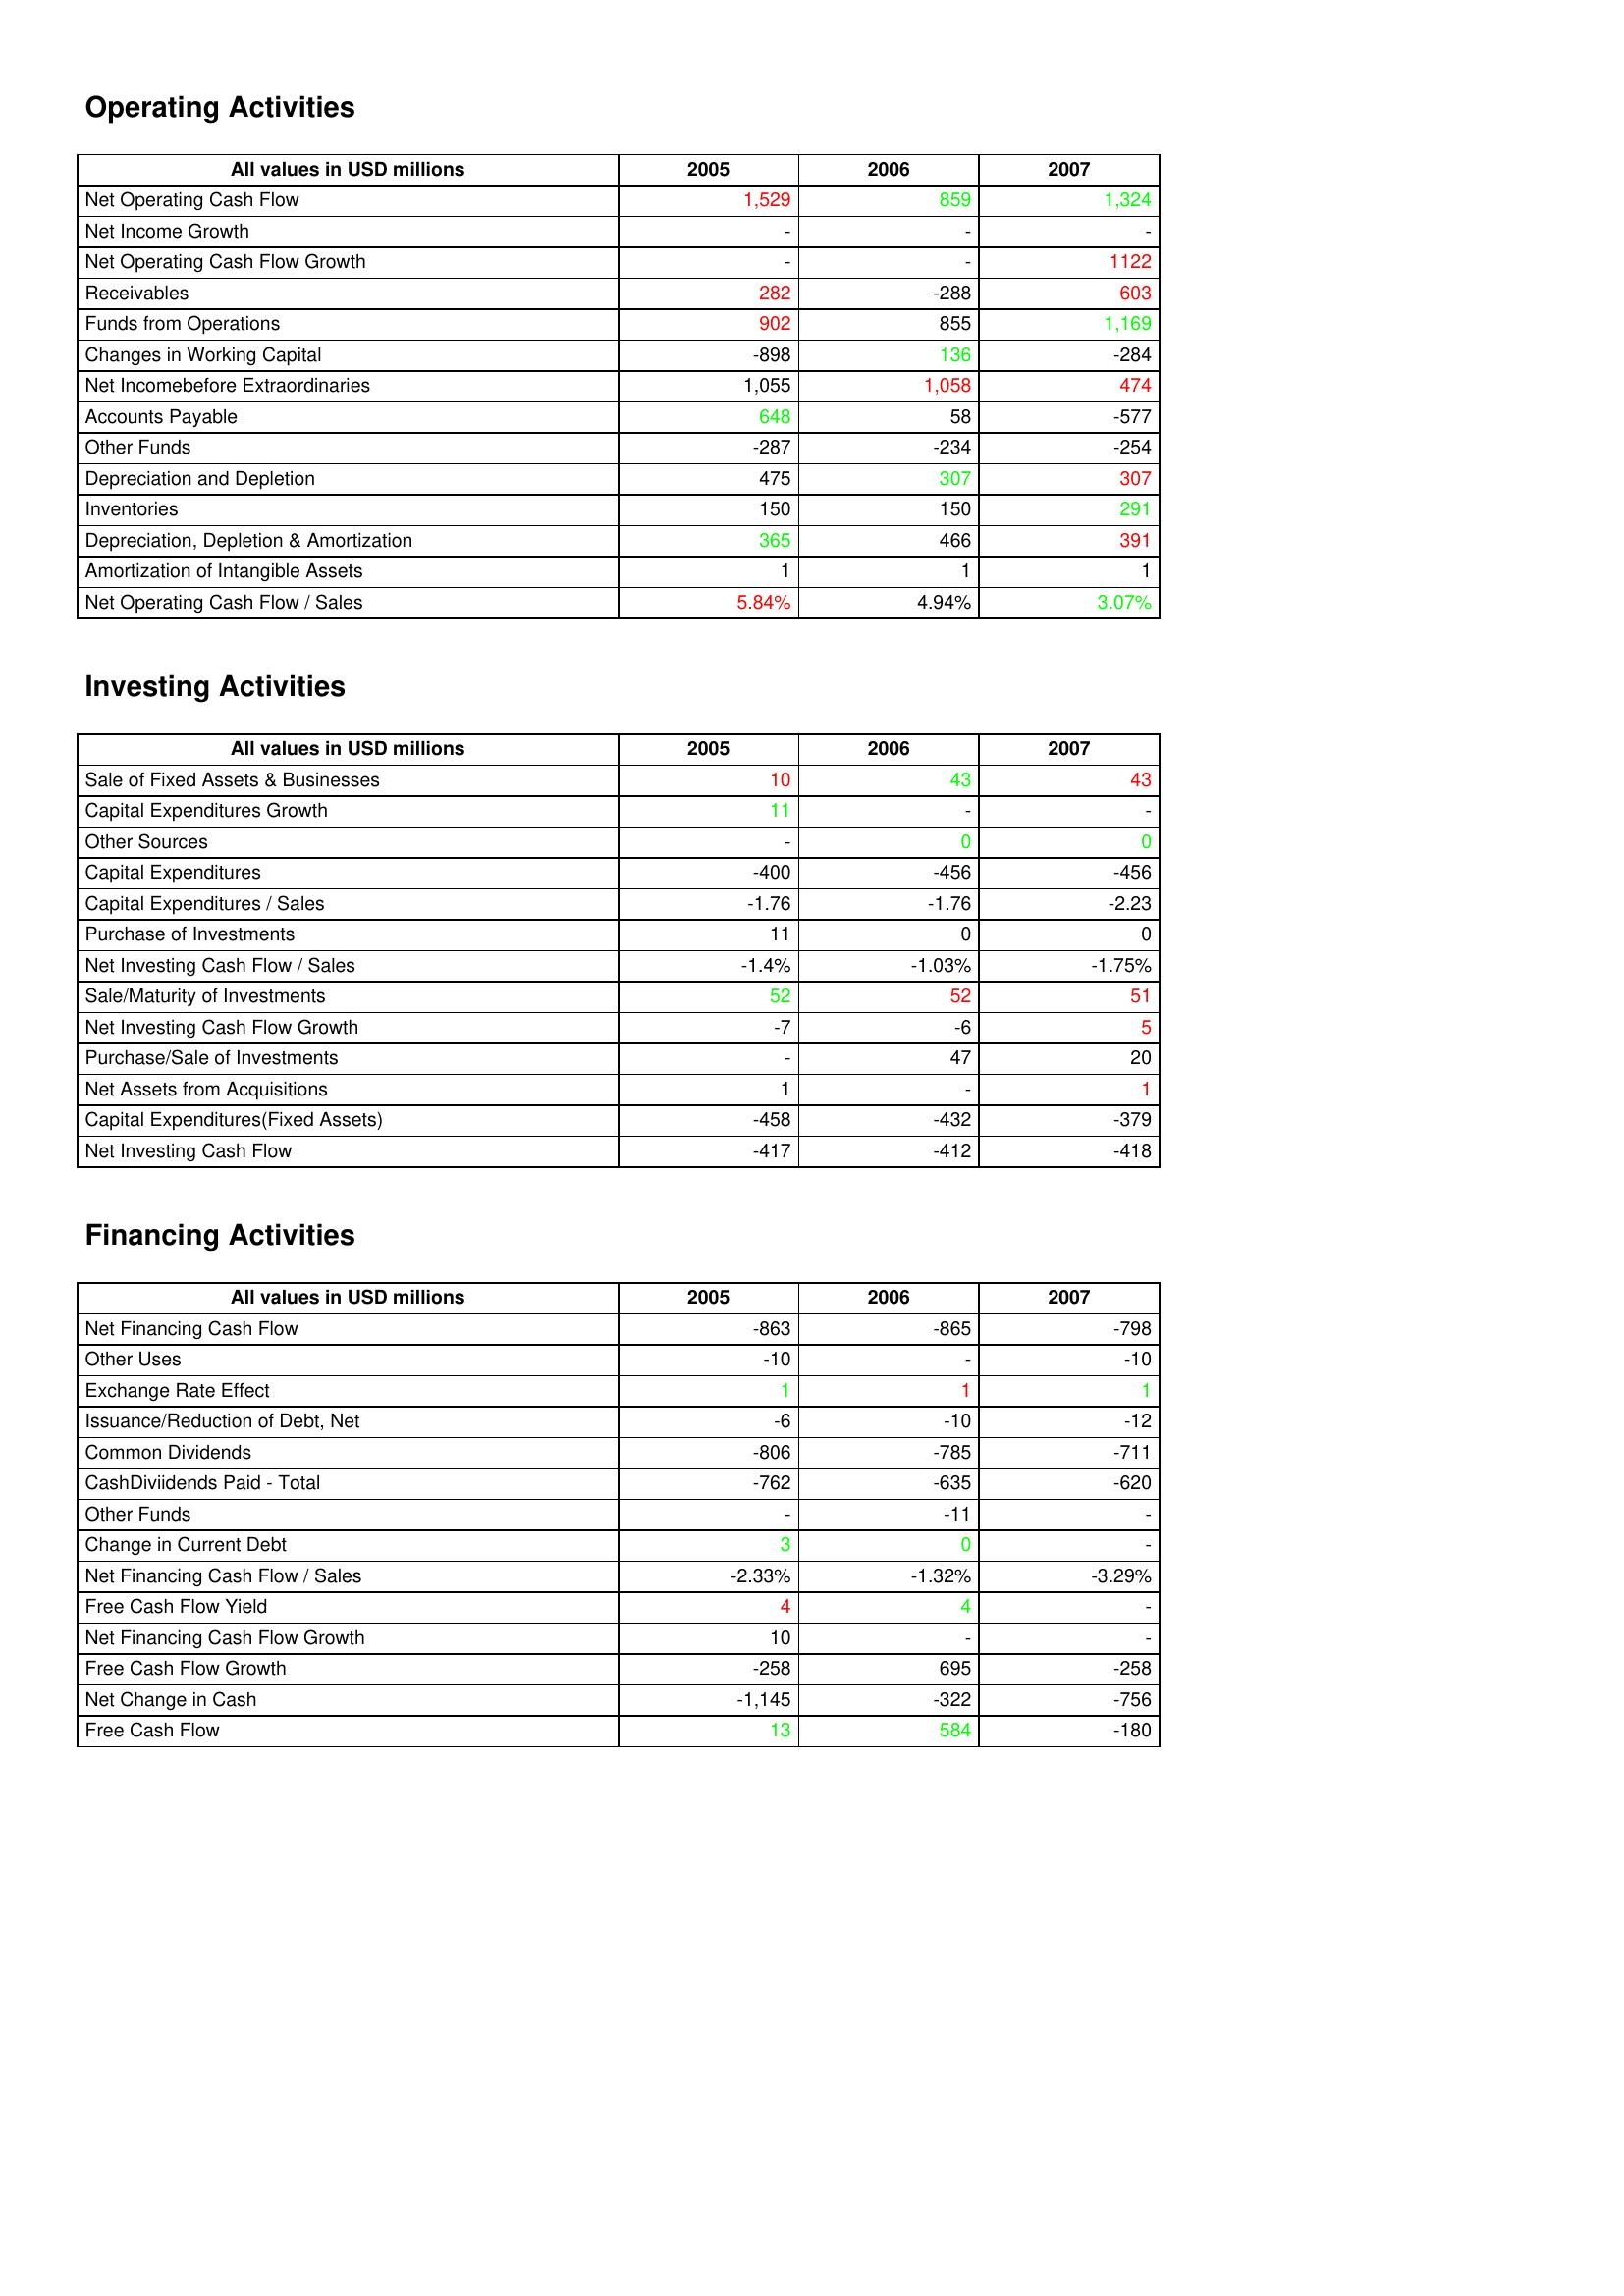
gt_parse: 2005: Operating Activities: Net Operating Cash Flow: 1,529
Net Income Growth: -
Net Operating Cash Flow Growth: -
Receivables: 282
Funds from Operations: 902
Changes in Working Capital: -898
Net Incomebefore Extraordinaries: 1,055
Accounts Payable: 648
Other Funds: -287
Depreciation and Depletion: 475
Inventories: 150
Depreciation, Depletion & Amortization: 365
Amortization of Intangible Assets: 1
Net Operating Cash Flow / Sales: 5.84%
Investing Activities: Sale of Fixed Assets & Businesses: 10
Capital Expenditures Growth: 11
Other Sources: -
Capital Expenditures: -400
Capital Expenditures / Sales: -1.76
Purchase of Investments: 11
Net Investing Cash Flow / Sales: -1.4%
Sale/Maturity of Investments: 52
Net Investing Cash Flow Growth: -7
Purchase/Sale of Investments: -
Net Assets from Acquisitions: 1
Capital Expenditures(Fixed Assets): -458
Net Investing Cash Flow: -417
Financing Activities: Net Financing Cash Flow: -863
Other Uses: -10
Exchange Rate Effect: 1
Issuance/Reduction of Debt, Net: -6
Common Dividends: -806
CashDiviidends Paid - Total: -762
Other Funds: -
Change in Current Debt: 3
Net Financing Cash Flow / Sales: -2.33%
Free Cash Flow Yield: 4
Net Financing Cash Flow Growth: 10
Free Cash Flow Growth: -258
Net Change in Cash: -1,145
Free Cash Flow: 13
2006: Operating Activities: Net Operating Cash Flow: 859
Net Income Growth: -
Net Operating Cash Flow Growth: -
Receivables: -288
Funds from Operations: 855
Changes in Working Capital: 136
Net Incomebefore Extraordinaries: 1,058
Accounts Payable: 58
Other Funds: -234
Depreciation and Depletion: 307
Inventories: 150
Depreciation, Depletion & Amortization: 466
Amortization of Intangible Assets: 1
Net Operating Cash Flow / Sales: 4.94%
Investing Activities: Sale of Fixed Assets & Businesses: 43
Capital Expenditures Growth: -
Other Sources: 0
Capital Expenditures: -456
Capital Expenditures / Sales: -1.76
Purchase of Investments: 0
Net Investing Cash Flow / Sales: -1.03%
Sale/Maturity of Investments: 52
Net Investing Cash Flow Growth: -6
Purchase/Sale of Investments: 47
Net Assets from Acquisitions: -
Capital Expenditures(Fixed Assets): -432
Net Investing Cash Flow: -412
Financing Activities: Net Financing Cash Flow: -865
Other Uses: -
Exchange Rate Effect: 1
Issuance/Reduction of Debt, Net: -10
Common Dividends: -785
CashDiviidends Paid - Total: -635
Other Funds: -11
Change in Current Debt: 0
Net Financing Cash Flow / Sales: -1.32%
Free Cash Flow Yield: 4
Net Financing Cash Flow Growth: -
Free Cash Flow Growth: 695
Net Change in Cash: -322
Free Cash Flow: 584
2007: Operating Activities: Net Operating Cash Flow: 1,324
Net Income Growth: -
Net Operating Cash Flow Growth: 1122
Receivables: 603
Funds from Operations: 1,169
Changes in Working Capital: -284
Net Incomebefore Extraordinaries: 474
Accounts Payable: -577
Other Funds: -254
Depreciation and Depletion: 307
Inventories: 291
Depreciation, Depletion & Amortization: 391
Amortization of Intangible Assets: 1
Net Operating Cash Flow / Sales: 3.07%
Investing Activities: Sale of Fixed Assets & Businesses: 43
Capital Expenditures Growth: -
Other Sources: 0
Capital Expenditures: -456
Capital Expenditures / Sales: -2.23
Purchase of Investments: 0
Net Investing Cash Flow / Sales: -1.75%
Sale/Maturity of Investments: 51
Net Investing Cash Flow Growth: 5
Purchase/Sale of Investments: 20
Net Assets from Acquisitions: 1
Capital Expenditures(Fixed Assets): -379
Net Investing Cash Flow: -418
Financing Activities: Net Financing Cash Flow: -798
Other Uses: -10
Exchange Rate Effect: 1
Issuance/Reduction of Debt, Net: -12
Common Dividends: -711
CashDiviidends Paid - Total: -620
Other Funds: -
Change in Current Debt: -
Net Financing Cash Flow / Sales: -3.29%
Free Cash Flow Yield: -
Net Financing Cash Flow Growth: -
Free Cash Flow Growth: -258
Net Change in Cash: -756
Free Cash Flow: -180